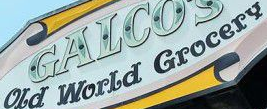
Old World Grocery